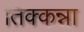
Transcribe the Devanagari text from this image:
तिक्कन्ना